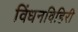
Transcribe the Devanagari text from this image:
विंधनविहिरी